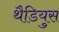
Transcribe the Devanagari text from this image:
थैडियुस